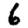
Digit: 6